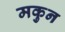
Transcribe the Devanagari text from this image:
मकुन